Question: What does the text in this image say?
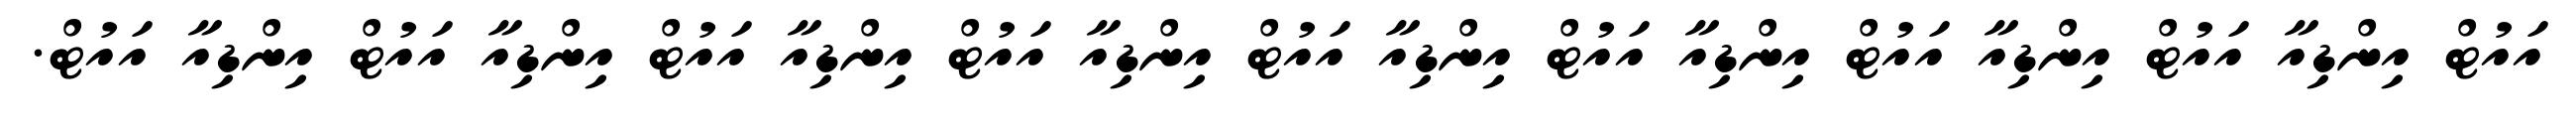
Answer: އައުޓް އިންޑިއާ އައުޓް އިންޑިއާ އައުޓް އިންޑިއާ އައުޓް އިންޑިއާ އައުޓް އިންޑިއާ އައުޓް އިންޑިއާ އައުޓް އިންޑިއާ އައުޓް އިންޑިއާ އައުޓް.